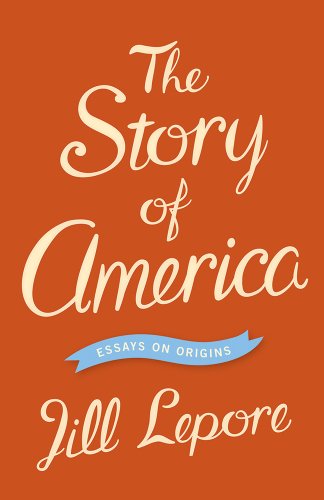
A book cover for The Story of America: Essays on Origins; Jill Lepore; History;